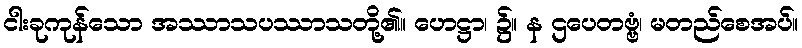
ငါးခုကုန်သော အဿာသပဿာသတို့၏။ ဟေဋ္ဌာ၊ ၌။ န ဌပေတဗ္ဗံ၊ မတည်စေအပ်။